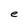
Character: e